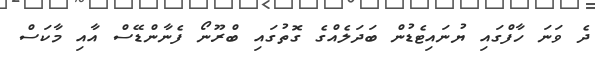
ދެ ވަނަ ހާފްގައި ޔުނައިޓެޑުން ބަދަލެއްގެ ގޮތުގައި ބްރޫނޯ ފެނާންޑޭސް އާއި މާކަސް